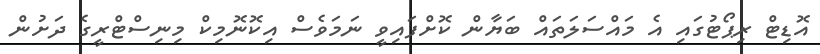
އޮޑިޓް ރިޕޯޓުގައި އެ މައްސަލަތައް ބަޔާން ކޮށްފައިވީ ނަމަވެސް އިކޮނޮމިކް މިނިސްޓްރީގެ ދަށުން